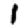
Digit: 1